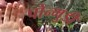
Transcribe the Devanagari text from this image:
पोन्मुडी